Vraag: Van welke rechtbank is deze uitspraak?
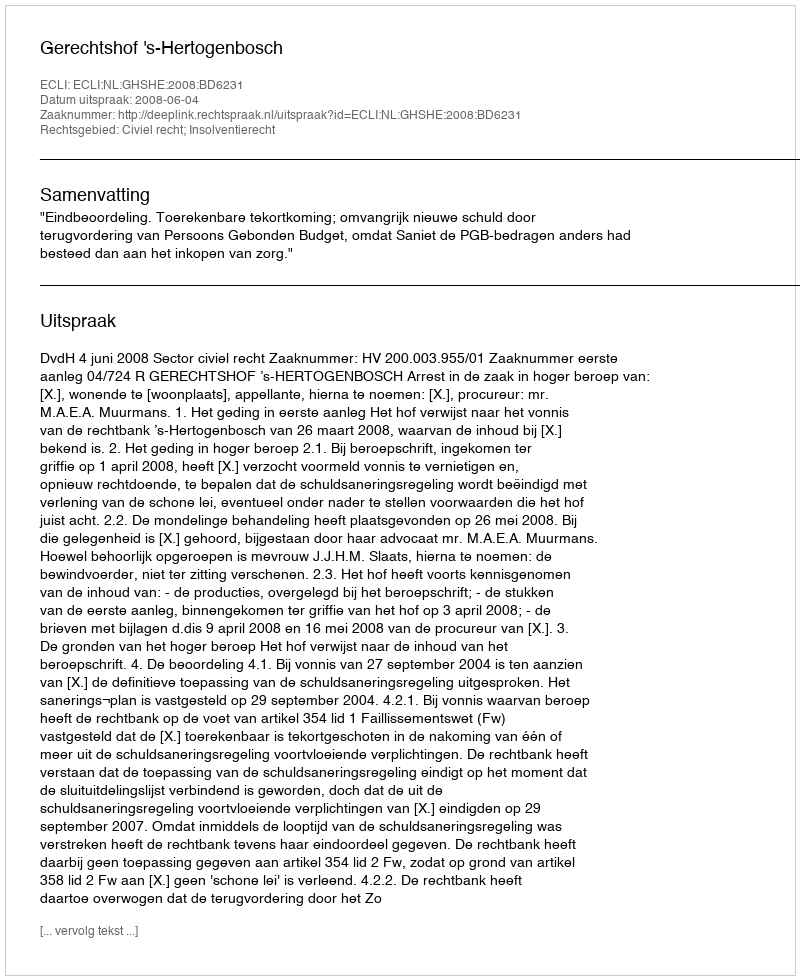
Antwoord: Gerechtshof 's-Hertogenbosch